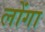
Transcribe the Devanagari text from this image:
लोंगा